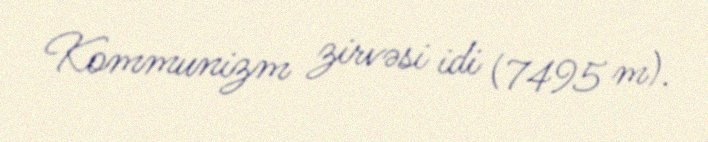
Kommunizm zirvəsi idi (7495 m).